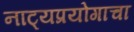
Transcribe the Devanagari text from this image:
नाट्यप्रयोगाचा